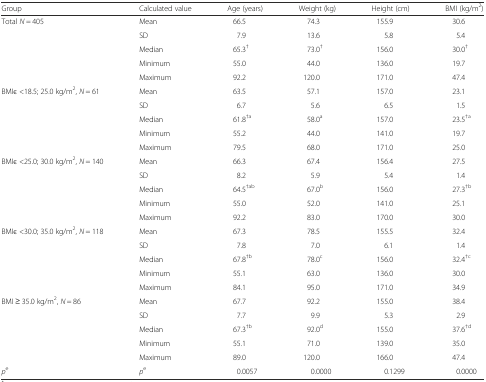
<table><thead><tr><td><b>Group</b></td><td><b>Calculated value</b></td><td><b>Age (years)</b></td><td><b>Weight (kg)</b></td><td><b>Height (cm)</b></td><td><b>BMI (kg/m<sup>2</sup>)</b></td></tr></thead><tbody><tr><td rowspan="5">Total <i>N</i> = 405</td><td>Mean</td><td>66.5</td><td>74.3</td><td>155.9</td><td>30.6</td></tr><tr><td>SD</td><td>7.9</td><td>13.6</td><td>5.8</td><td>5.4</td></tr><tr><td>Median</td><td>65.3<sup>†</sup></td><td>73.0<sup>†</sup></td><td>156.0</td><td>30.0<sup>†</sup></td></tr><tr><td>Minimum</td><td>55.0</td><td>44.0</td><td>136.0</td><td>19.7</td></tr><tr><td>Maximum</td><td>92.2</td><td>120.0</td><td>171.0</td><td>47.4</td></tr><tr><td rowspan="5">BMIε &lt;18.5; 25.0 kg/m<sup>2</sup>, <i>N</i> = 61</td><td>Mean</td><td>63.5</td><td>57.1</td><td>157.0</td><td>23.1</td></tr><tr><td>SD</td><td>6.7</td><td>5.6</td><td>6.5</td><td>1.5</td></tr><tr><td>Median</td><td>61.8<sup>†a</sup></td><td>58.0<sup>a</sup></td><td>157.0</td><td>23.5<sup>†a</sup></td></tr><tr><td>Minimum</td><td>55.2</td><td>44.0</td><td>141.0</td><td>19.7</td></tr><tr><td>Maximum</td><td>79.5</td><td>68.0</td><td>171.0</td><td>25.0</td></tr><tr><td rowspan="5">BMIε &lt;25.0; 30.0 kg/m<sup>2</sup>, <i>N</i> = 140</td><td>Mean</td><td>66.3</td><td>67.4</td><td>156.4</td><td>27.5</td></tr><tr><td>SD</td><td>8.2</td><td>5.9</td><td>5.4</td><td>1.4</td></tr><tr><td>Median</td><td>64.5<sup>†ab</sup></td><td>67.0<sup>b</sup></td><td>156.0</td><td>27.3<sup>†b</sup></td></tr><tr><td>Minimum</td><td>55.0</td><td>52.0</td><td>141.0</td><td>25.1</td></tr><tr><td>Maximum</td><td>92.2</td><td>83.0</td><td>170.0</td><td>30.0</td></tr><tr><td rowspan="5">BMIε &lt;30.0; 35.0 kg/m<sup>2</sup>, <i>N</i> = 118</td><td>Mean</td><td>67.3</td><td>78.5</td><td>155.5</td><td>32.4</td></tr><tr><td>SD</td><td>7.8</td><td>7.0</td><td>6.1</td><td>1.4</td></tr><tr><td>Median</td><td>67.8<sup>†b</sup></td><td>78.0<sup>c</sup></td><td>156.0</td><td>32.4<sup>†c</sup></td></tr><tr><td>Minimum</td><td>55.1</td><td>63.0</td><td>136.0</td><td>30.0</td></tr><tr><td>Maximum</td><td>84.1</td><td>95.0</td><td>171.0</td><td>34.9</td></tr><tr><td rowspan="5">BMI ≥ 35.0 kg/m<sup>2</sup>, <i>N</i> = 86</td><td>Mean</td><td>67.7</td><td>92.2</td><td>155.0</td><td>38.4</td></tr><tr><td>SD</td><td>7.7</td><td>9.9</td><td>5.3</td><td>2.9</td></tr><tr><td>Median</td><td>67.3<sup>†b</sup></td><td>92.0<sup>d</sup></td><td>155.0</td><td>37.6<sup>†d</sup></td></tr><tr><td>Minimum</td><td>55.1</td><td>71.0</td><td>139.0</td><td>35.0</td></tr><tr><td>Maximum</td><td>89.0</td><td>120.0</td><td>166.0</td><td>47.4</td></tr><tr><td><i>p</i><sup>e</sup></td><td><i>p</i><sup>e</sup></td><td>0.0057</td><td>0.0000</td><td>0.1299</td><td>0.0000</td></tr></tbody></table>